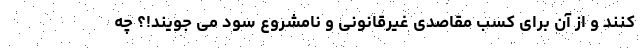
کنند و از آن برای کسب مقاصدی غیرقانونی و نامشروع سود می جویند!؟ چه